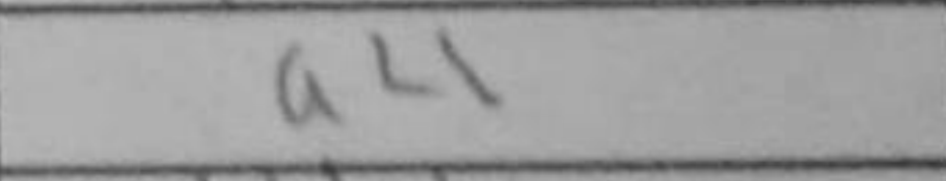
Transcription: a4